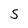
Character: S